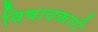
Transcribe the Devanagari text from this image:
विषादकारी